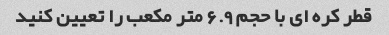
قطر کره ای با حجم 6.9 متر مکعب را تعیین کنید